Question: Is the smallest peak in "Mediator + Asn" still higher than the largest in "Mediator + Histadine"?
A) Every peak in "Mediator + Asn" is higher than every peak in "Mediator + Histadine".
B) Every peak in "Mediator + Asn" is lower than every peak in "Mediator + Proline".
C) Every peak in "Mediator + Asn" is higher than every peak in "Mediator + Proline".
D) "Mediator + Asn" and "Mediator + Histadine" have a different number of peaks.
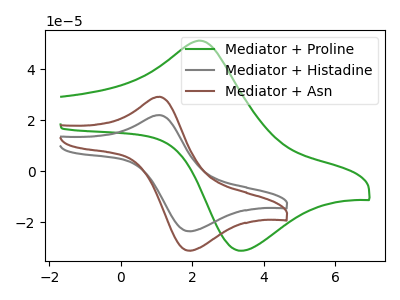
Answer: <think>The green curve "Mediator + Proline" has an anodic peak at (2.20V, 51.30uA) and a cathodic peak at (3.35V, -31.05uA). The gray curve "Mediator + Histadine" has an anodic peak at (1.10V, 22.10uA) and a cathodic peak at (1.90V, -23.45uA). The brown curve "Mediator + Asn" has an anodic peak at (1.10V, 29.30uA) and a cathodic peak at (1.90V, -31.05uA).</think>
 <answer>A) Every peak in "Mediator + Asn" is higher than every peak in "Mediator + Histadine".</answer>
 <eval>A</eval>